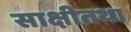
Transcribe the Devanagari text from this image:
साक्षीतथा